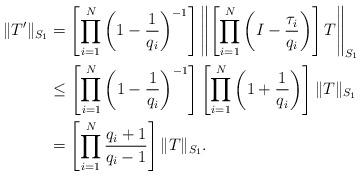
LaTeX: \begin{align*}\|T'\|_{S_1} &=\left[\prod_{i=1}^N\left(1-\frac{1}{q_i}\right)^{-1}\right]\left\|\left[\prod_{i=1}^N\left(I-\frac{\tau_i}{q_i}\right)\right]T\right\|_{S_1}\\&\leq\left[\prod_{i=1}^N\left(1-\frac{1}{q_i}\right)^{-1}\right] \left[\prod_{i=1}^N\left(1+\frac{1}{q_i}\right)\right]\|T\|_{S_1} \\&=\left[\prod_{i=1}^N\frac{q_i+1}{q_i-1}\right]\|T\|_{S_1}.\end{align*}